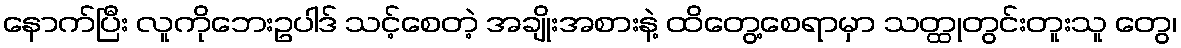
နောက်ပြီး လူကိုဘေးဥပါဒ် သင့်စေတဲ့ အချိုးအစားနဲ့ ထိတွေ့စေရာမှာ သတ္ထုတွင်းတူးသူ တွေ၊